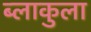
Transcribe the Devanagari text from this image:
ब्लाकुला